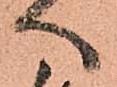
へ